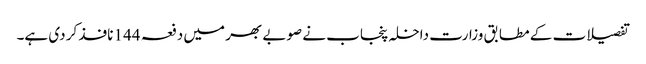
تفصیلات کے مطابق وزارت داخلہ پنجاب نے صوبے بھر میں دفعہ 144 نافذ کر دی ہے۔